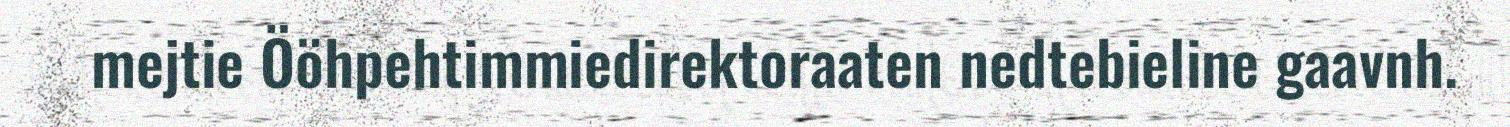
mejtie Ööhpehtimmiedirektoraaten nedtebieline gaavnh.